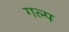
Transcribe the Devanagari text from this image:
गल्‍प